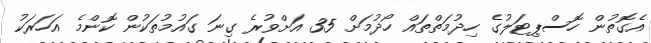
އެގޮތުން ހޮސްޕިޓަލުގެ ހިދުމަތްތައް ހޯދުމަށް 35 އަށްވުރެ ގިނަ ގައުމުތަކުން ކޮންމެ އަހަރަކު